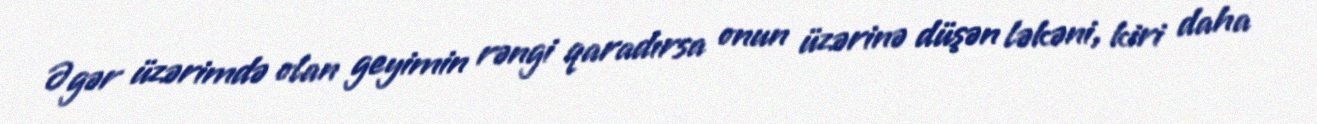
Əgər üzərimdə olan geyimin rəngi qaradırsa onun üzərinə düşən ləkəni, kiri daha